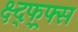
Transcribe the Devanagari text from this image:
क्ष्द्फ्र्फ्स